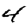
Digit: 4